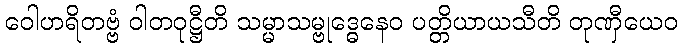
ဝေါဟရိတဗ္ဗံ ဝါတဝုဋ္ဌီတိ သမ္မာသမ္ဗုဒ္ဓေနေဝ ပတ္တိယာယသီတိ တုဏှီယေဝ